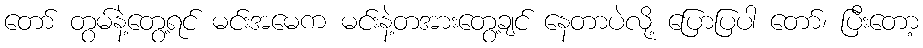
တော် တွမ်နဲ့တွေ့ရင် မင်းအမေက မင်းနဲ့တအားတွေ့ချင် နေတာပဲလို့ ပြောပြပါ တော်၊ ပြီးတော့